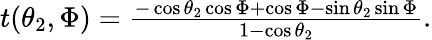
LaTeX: \begin{array}{r}{t(\theta_{2},\Phi)=\frac{-\cos\theta_{2}\cos\Phi+\cos\Phi-\sin\theta_{2}\sin\Phi}{1-\cos\theta_{2}}.}\end{array}